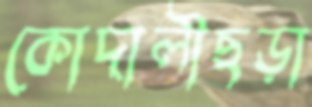
কোদালীছড়া